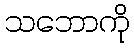
သဘောကို